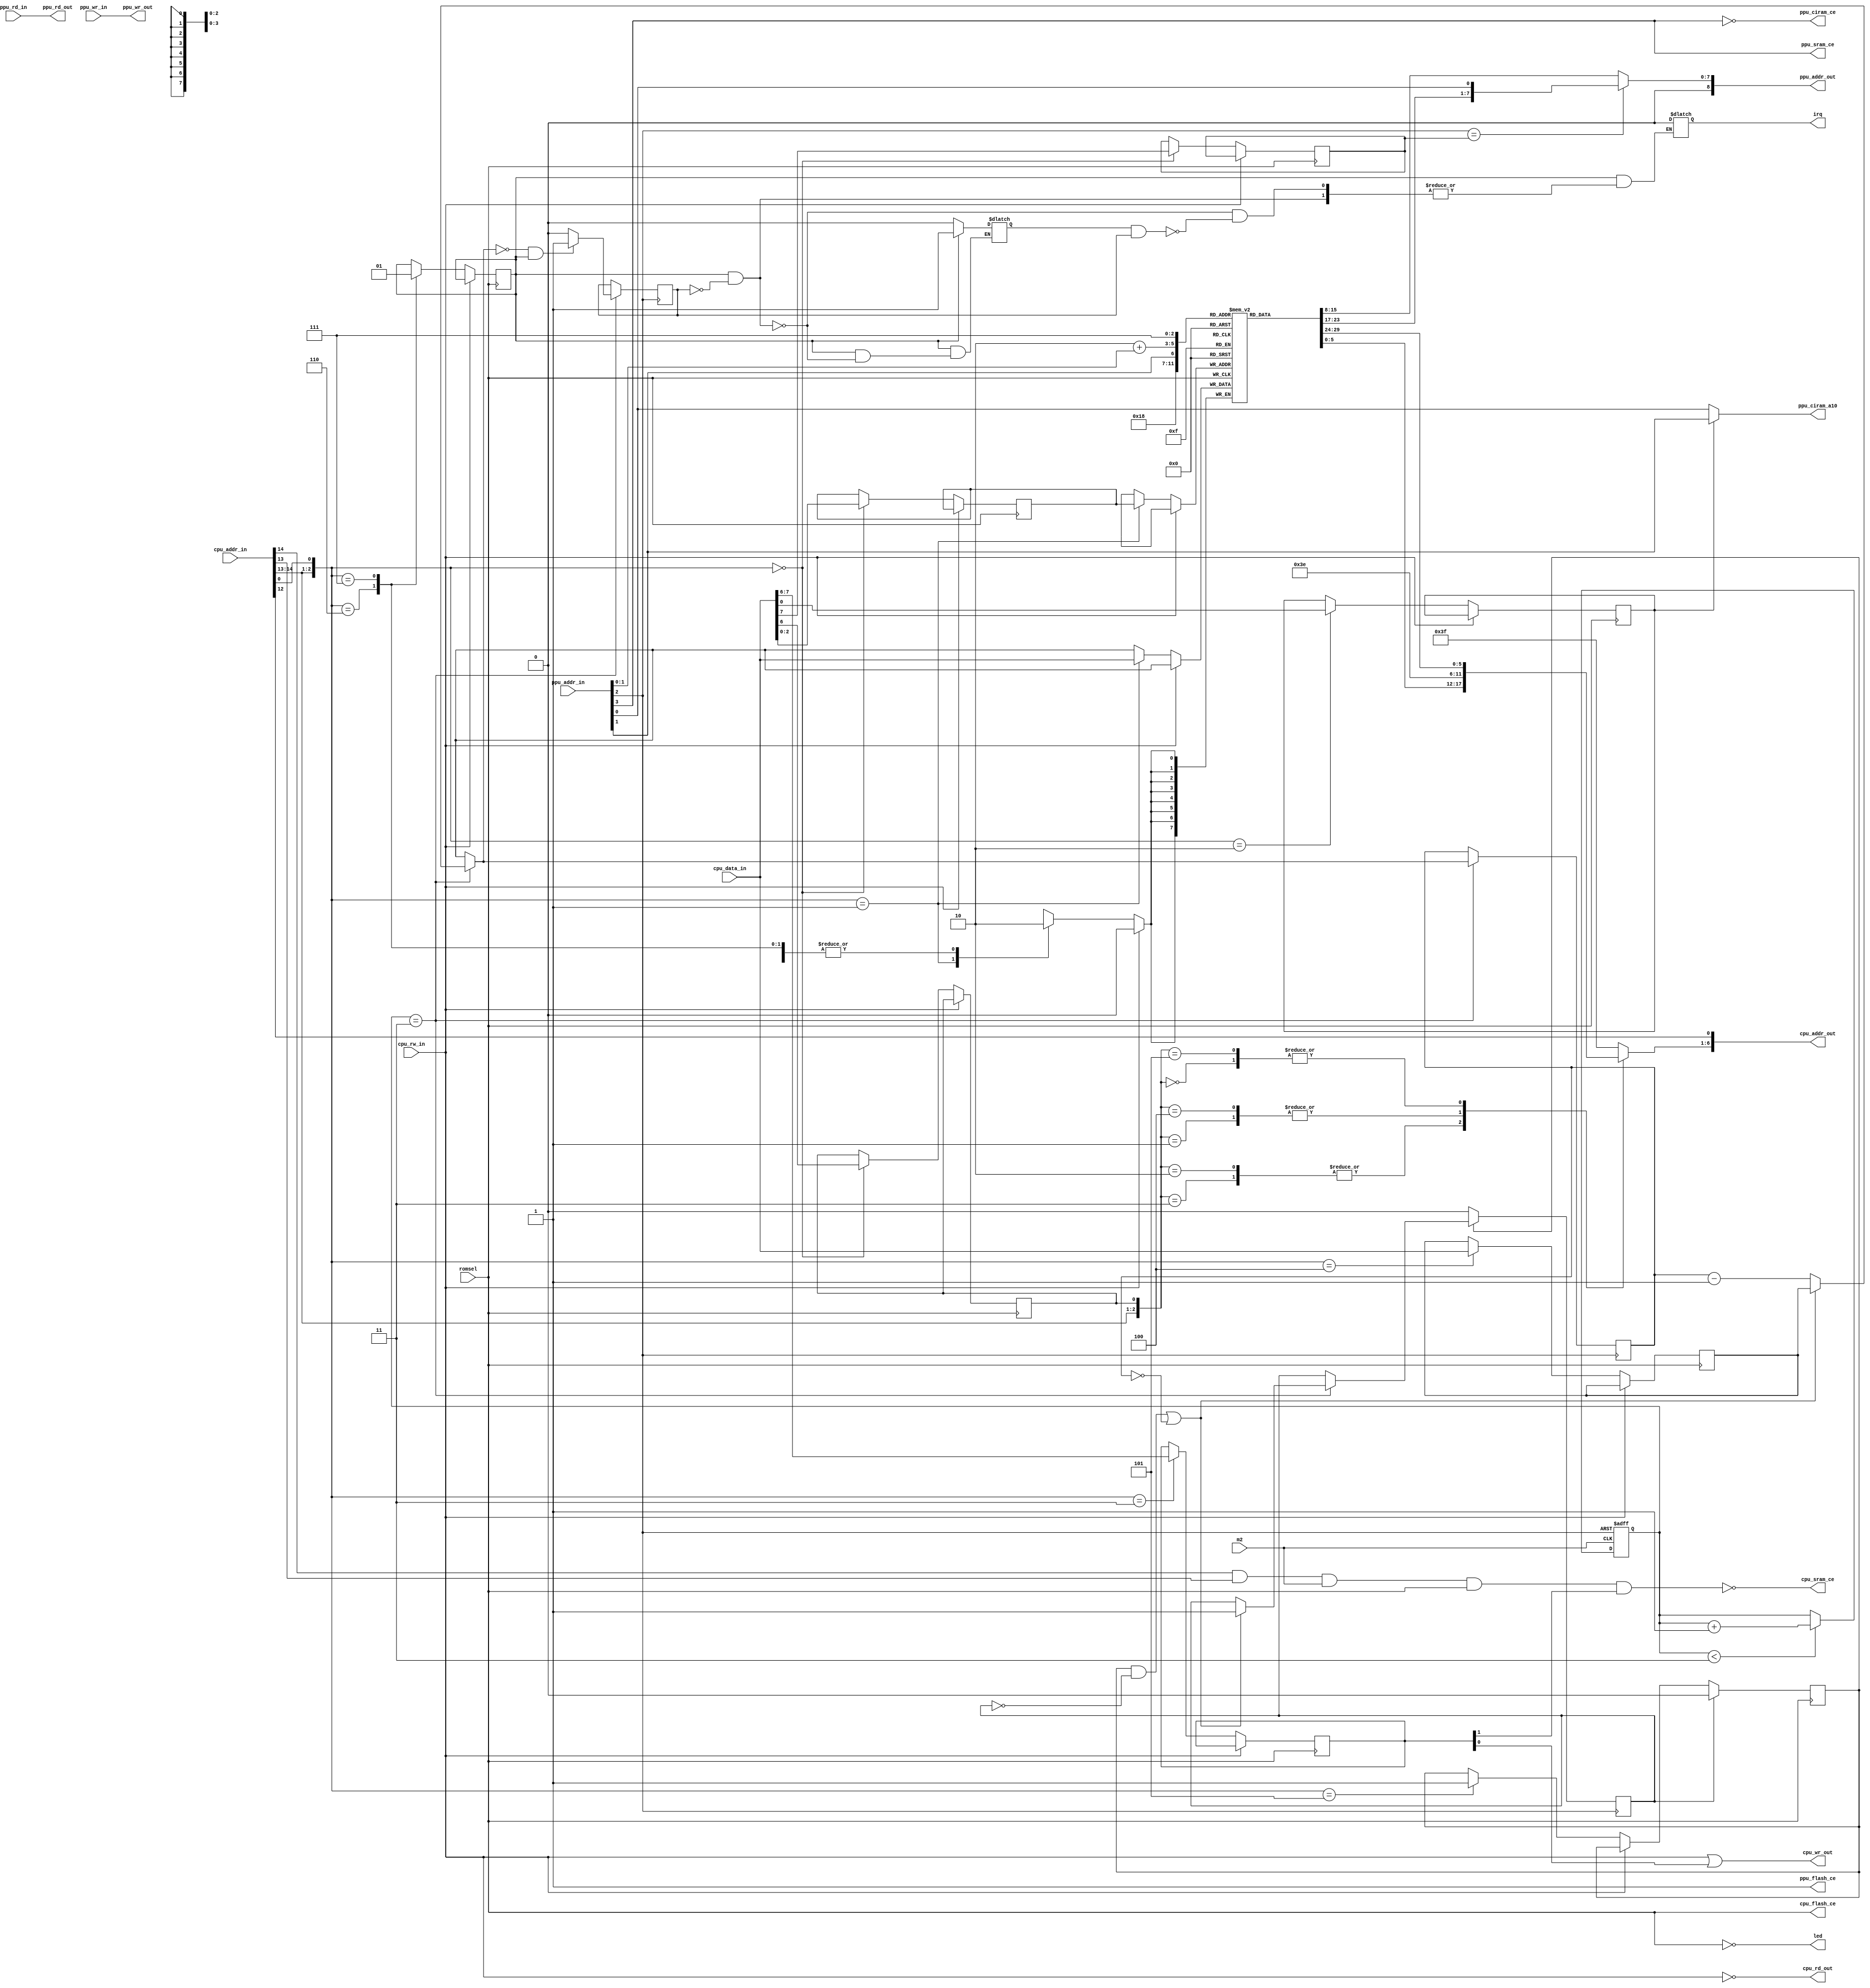
// MMC3 mapper
module MMC3 # (parameter USE_CHR_RAM = 1)
(
	output led,
		
	input	m2,
	input romsel,
	input cpu_rw_in,
	output reg [18:12] cpu_addr_out,
	input [14:0] cpu_addr_in,
	input [7:0] cpu_data_in,
	output cpu_wr_out,
	output cpu_rd_out,
	output cpu_flash_ce,
	output cpu_sram_ce,
		
	input ppu_rd_in,
	input ppu_wr_in,
	input [13:10] ppu_addr_in,
	output reg [18:10] ppu_addr_out,
	output ppu_rd_out,
	output ppu_wr_out,
	output ppu_flash_ce,
	output ppu_sram_ce,
	output ppu_ciram_a10,
	output ppu_ciram_ce,
		
	output reg irq
);
	reg [2:0] bank_select;
	reg prg_mode;
	reg chr_mode;
	reg [7:0] r [0:7];
	reg mirroring;
	reg [7:6] ram_protect;
	reg [7:0] irq_latch;
	reg [7:0] irq_counter;
	reg [2:0] a12_low_time;
	reg irq_reload;
	reg irq_reload_clear;
	reg irq_enabled;
	reg irq_value;
	reg irq_ready;
	
	assign cpu_wr_out = cpu_rw_in || ram_protect[6];
	assign cpu_rd_out = ~cpu_rw_in;
	assign cpu_flash_ce = romsel;
	assign cpu_sram_ce = !(cpu_addr_in[14] && cpu_addr_in[13] && m2 && romsel && ram_protect[7]);
	assign led = ~romsel;
	
	assign ppu_rd_out = ppu_rd_in;
	assign ppu_wr_out = ppu_wr_in;
	
	// Enable CHR RAM or CHR ROM
	assign ppu_sram_ce = USE_CHR_RAM ? ppu_addr_in[13] : 1'b1;
	assign ppu_flash_ce = USE_CHR_RAM ? 1'b1 : ppu_addr_in[13];

	assign ppu_ciram_ce = !ppu_addr_in[13];
	
	// Mirroring control
	assign ppu_ciram_a10 = mirroring ? ppu_addr_in[11] : ppu_addr_in[10];
	
	initial
	begin
		irq_enabled = 0;
		irq_ready = 0;
	end
		
	always @ (posedge romsel)
	begin
		if (cpu_rw_in == 0)
		begin
			case ({cpu_addr_in[14:13], cpu_addr_in[0]})
				3'b000: begin  // $8000-$9FFE, even
					bank_select <= cpu_data_in[2:0];
					prg_mode <= cpu_data_in[6];
					chr_mode <= cpu_data_in[7];
				end
				3'b001: r[bank_select] <= cpu_data_in; // $8001-$9FFF, odd
				3'b010: mirroring <= cpu_data_in[0]; // $A000-$BFFE, even
				3'b011: ram_protect <= cpu_data_in[7:6]; // $A001-$BFFF, odd
				3'b100: irq_latch <= cpu_data_in; // $C000-$DFFE, even
				3'b101: irq_reload <= 1; // $C001-$DFFF, odd
				3'b110: irq_enabled <= 0; // $E000-$FFFE, even
				3'b111: irq_enabled <= 1; // $E001-$FFFF, odd
			endcase
		end
		if (irq_reload_clear)
			irq_reload <= 0;
	end
	
	// PRG banking
	always @ (*)
	begin
		case ({cpu_addr_in[14:13], prg_mode})
			3'b000: cpu_addr_out[18:13] <= r[6][5:0];
			3'b001: cpu_addr_out[18:13] <= 6'b111110;
			3'b010,
			3'b011: cpu_addr_out[18:13] <= r[7][5:0];
			3'b100: cpu_addr_out[18:13] <= 6'b111110;
			3'b101: cpu_addr_out[18:13] <= r[6][5:0];
			default: cpu_addr_out[18:13] <= 6'b111111;
		endcase
		cpu_addr_out[12] <= cpu_addr_in[12];
	end
	
	// CHR banking
	always @ (*)
	begin
		if (ppu_addr_in[12] == chr_mode)		
			ppu_addr_out[17:10] <= {r[ppu_addr_in[11]][7:1], ppu_addr_in[10]};
		else
			ppu_addr_out[17:10] <= r[2+ppu_addr_in[11:10]];
		ppu_addr_out[18] <= 0;
	end
	
	// Reenable IRQ only when PPU A12 is low
	always @ (*)
	begin
		if (!irq_enabled)
		begin
			irq_ready = 0;
			irq <= 1'bZ;
		end else if (irq_enabled && !irq_value)
			irq_ready = 1;
		else if (irq_ready && irq_value)
			irq <= 1'b0;
	end
	
	// IRQ counter
	always @ (posedge ppu_addr_in[12])
	begin
		if (a12_low_time == 3)
		begin
			//irq_counter_last = irq_counter;
			if ((irq_reload && !irq_reload_clear) || (irq_counter == 0))
			begin
				irq_counter = irq_latch;
				if (irq_reload) irq_reload_clear <= 1;
			end else
				irq_counter = irq_counter-1;
			if (irq_counter == 0 && irq_enabled)
				irq_value = 1;
			else
				irq_value = 0;
		end
		if (!irq_reload) irq_reload_clear <= 0;		
	end
	
	// A12 must be low for 3 rises of M2
	always @ (posedge m2, posedge ppu_addr_in[12])
	begin
		if (ppu_addr_in[12])
			a12_low_time <= 0;
		else if (a12_low_time < 3)
			a12_low_time <= a12_low_time + 1;
	end
	
endmodule